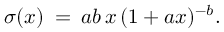
\sigma ( x ) \: = \: a b \, x \, ( 1 + a x ) ^ { - b } .